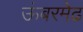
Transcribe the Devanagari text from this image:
ऊंबरमेढ